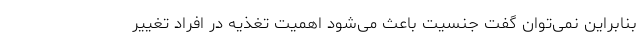
بنابراین نمی‌توان گفت جنسیت باعث می‌شود اهمیت تغذیه در افراد تغییر